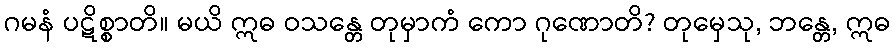
ဂမနံ ပဋိစ္စာတိ။ မယိ ဣဓ ဝသန္တေ တုမှာကံ ကော ဂုဏောတိ? တုမှေသု, ဘန္တေ, ဣဓ